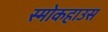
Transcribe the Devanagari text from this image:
स्मोकहाउस